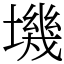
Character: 㙨